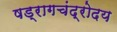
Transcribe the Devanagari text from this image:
षड्रागचंद्रोदय